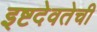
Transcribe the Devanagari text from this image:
इष्टदेवतेची